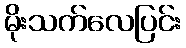
မိုးသက်လေပြင်း